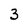
Character: 3